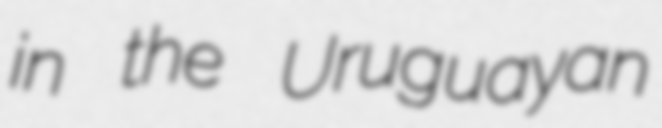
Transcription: in the Uruguayan